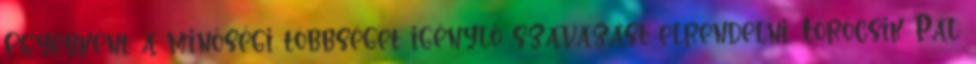
Egyébként a minőségi többséget igénylő szavazást elrendelni. Törőcsik Pál: